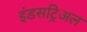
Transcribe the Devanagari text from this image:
इंडसट्रिअल